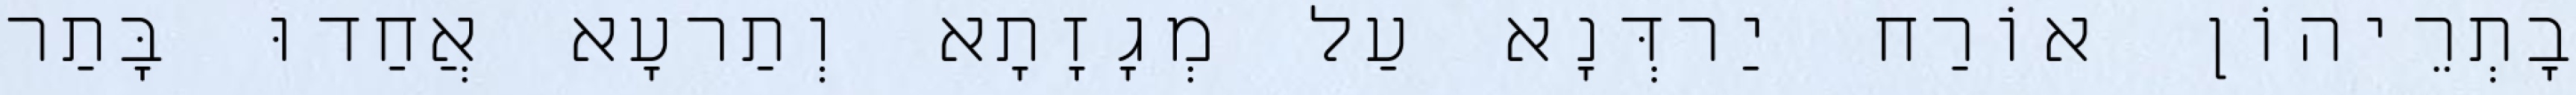
בָתְרֵיהוֹן אוֹרַח יַרדְּנָא עַל מְגָזָתָא וְתַרעָא אֲחַדוּ בָּתַר